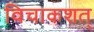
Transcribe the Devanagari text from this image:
विचाकशत्